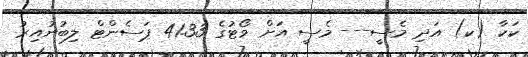
ކަކާ (ކ) އަދި މެސީ--- މެސީ އަށް ވޯޓުގެ 41.33 ޕަސެންޓް ލިބުނުއިރު